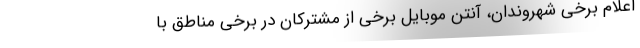
اعلام برخی شهروندان، آنتن موبایل برخی از مشترکان در برخی مناطق با